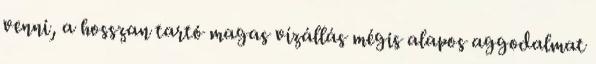
venni, a hosszan tartó magas vízállás mégis alapos aggodalmat